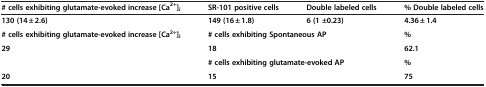
| # cells exhibiting glutamate-evoked increase [Ca2+]i | SR-101 positive cells | Double labeled cells | % Double labeled cells |
 | --- | --- | --- | --- |
 | 130 (14 ± 2.6) | 149 (16 ± 1.8) | 6 (1 ±0.23) | 4.36 ± 1.4 |
 | # cells exhibiting glutamate-evoked increase [Ca2+]i | <COLSPAN=2> # cells exhibiting Spontaneous AP | % |
 | 29 | <COLSPAN=2> 18 | 62.1 |
 |  | <COLSPAN=2> # cells exhibiting glutamate-evoked AP | % |
 | 20 | <COLSPAN=2> 15 | 75 |